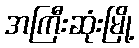
အကြီးဆုံးမြို့